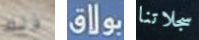
ذلك بولاق سجلاتنا